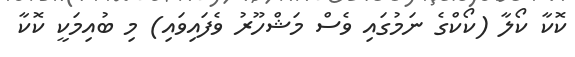
ކޮކާ ކޯލާ (ކޯކްގެ ނަމުގައި ވެސް މަޝްހޫރު ވެފައިވައި) މި ބުއިމަކީ ކޮކާ